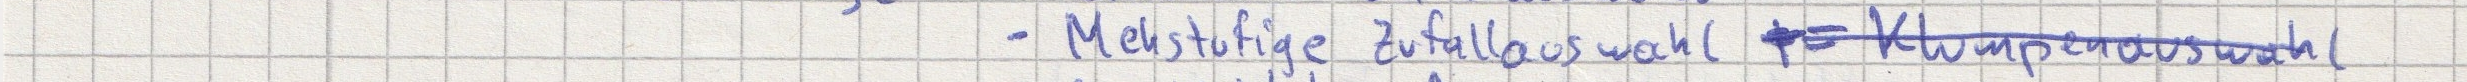
- Mehrstufige Zufallsauswahl